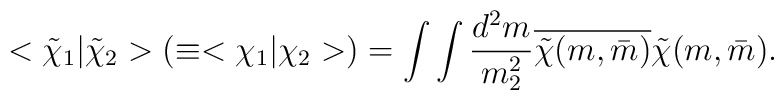
<\tilde{\chi}_{1}|\tilde{\chi}_{2}>(\equiv<\chi_{1}|\chi_{2}>)         =\int\int\frac{d^{2}m}{m_{2}^{2}}		         \overline{\tilde{\chi}(m,\bar{m})}\tilde{\chi}(m,\bar{m}).